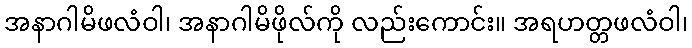
အနာဂါမိဖလံဝါ၊ အနာဂါမိဖိုလ်ကို လည်းကောင်း။ အရဟတ္တဖလံဝါ၊